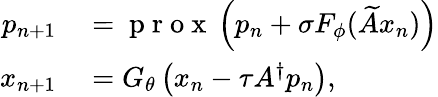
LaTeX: \begin{array}{rl}{p_{n+1}}&{{}=\mathrm{~p~r~o~x~}\left(p_{n}+\sigma F_{\phi}(\widetilde{A}x_{n})\right)}\\ {x_{n+1}}&{{}=G_{\theta}\left(x_{n}-\tau A^{\dagger}p_{n}\right),}\end{array}